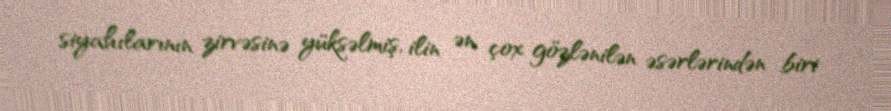
siyahılarının zirvəsinə yüksəlmiş, ilin ən çox gözlənilən əsərlərindən biri